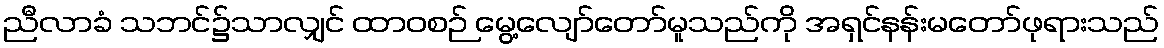
ညီလာခံ သဘင်၌သာလျှင် ထာဝစဉ် မွေ့လျော်တော်မူသည်ကို အရှင်နန်းမတော်ဖုရားသည်